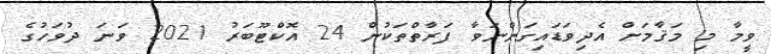
ވީމާ މި މަޤާމަށް އެދިވަޑައިގަންނަވާ ފަރާތްތަކުން 24 އޮކްޓޫބަރު 2021 ވަނަ ދުވަހުގެ